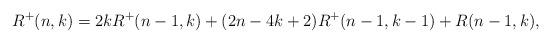
LaTeX: \begin{align*}R^+(n,k)=2kR^+(n-1,k)+(2n-4k+2)R^+(n-1,k-1)+R(n-1,k),\end{align*}